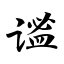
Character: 谧